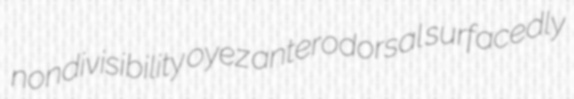
nondivisibility oyez anterodorsal surfacedly